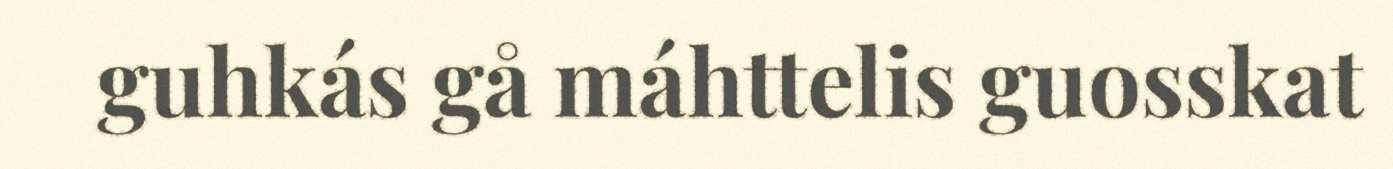
guhkás gå máhttelis guosskat